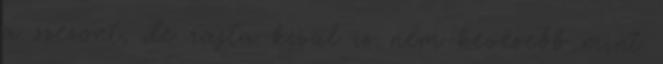
a szezont, de rajta kívül is nem kevesebb mint